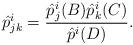
LaTeX: \begin{align*}\hat{p}^i_{jk} = \frac{\hat{p}^i_j(B) \hat{p}^i_k(C)}{\hat{p}^i(D)}.\end{align*}